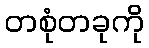
တစုံတခုကို